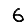
Digit: 6